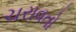
ચરાવતો